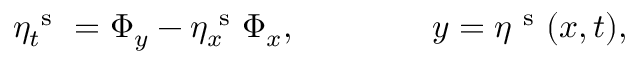
\eta _ { t } ^ { \mathrm { ~ s ~ } } = \Phi _ { y } - \eta _ { x } ^ { \mathrm { ~ s ~ } } \Phi _ { x } , \qquad \qquad y = \eta ^ { \mathrm { ~ s ~ } } ( x , t ) ,